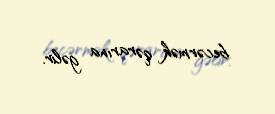
becərmək qərarına gəlir.